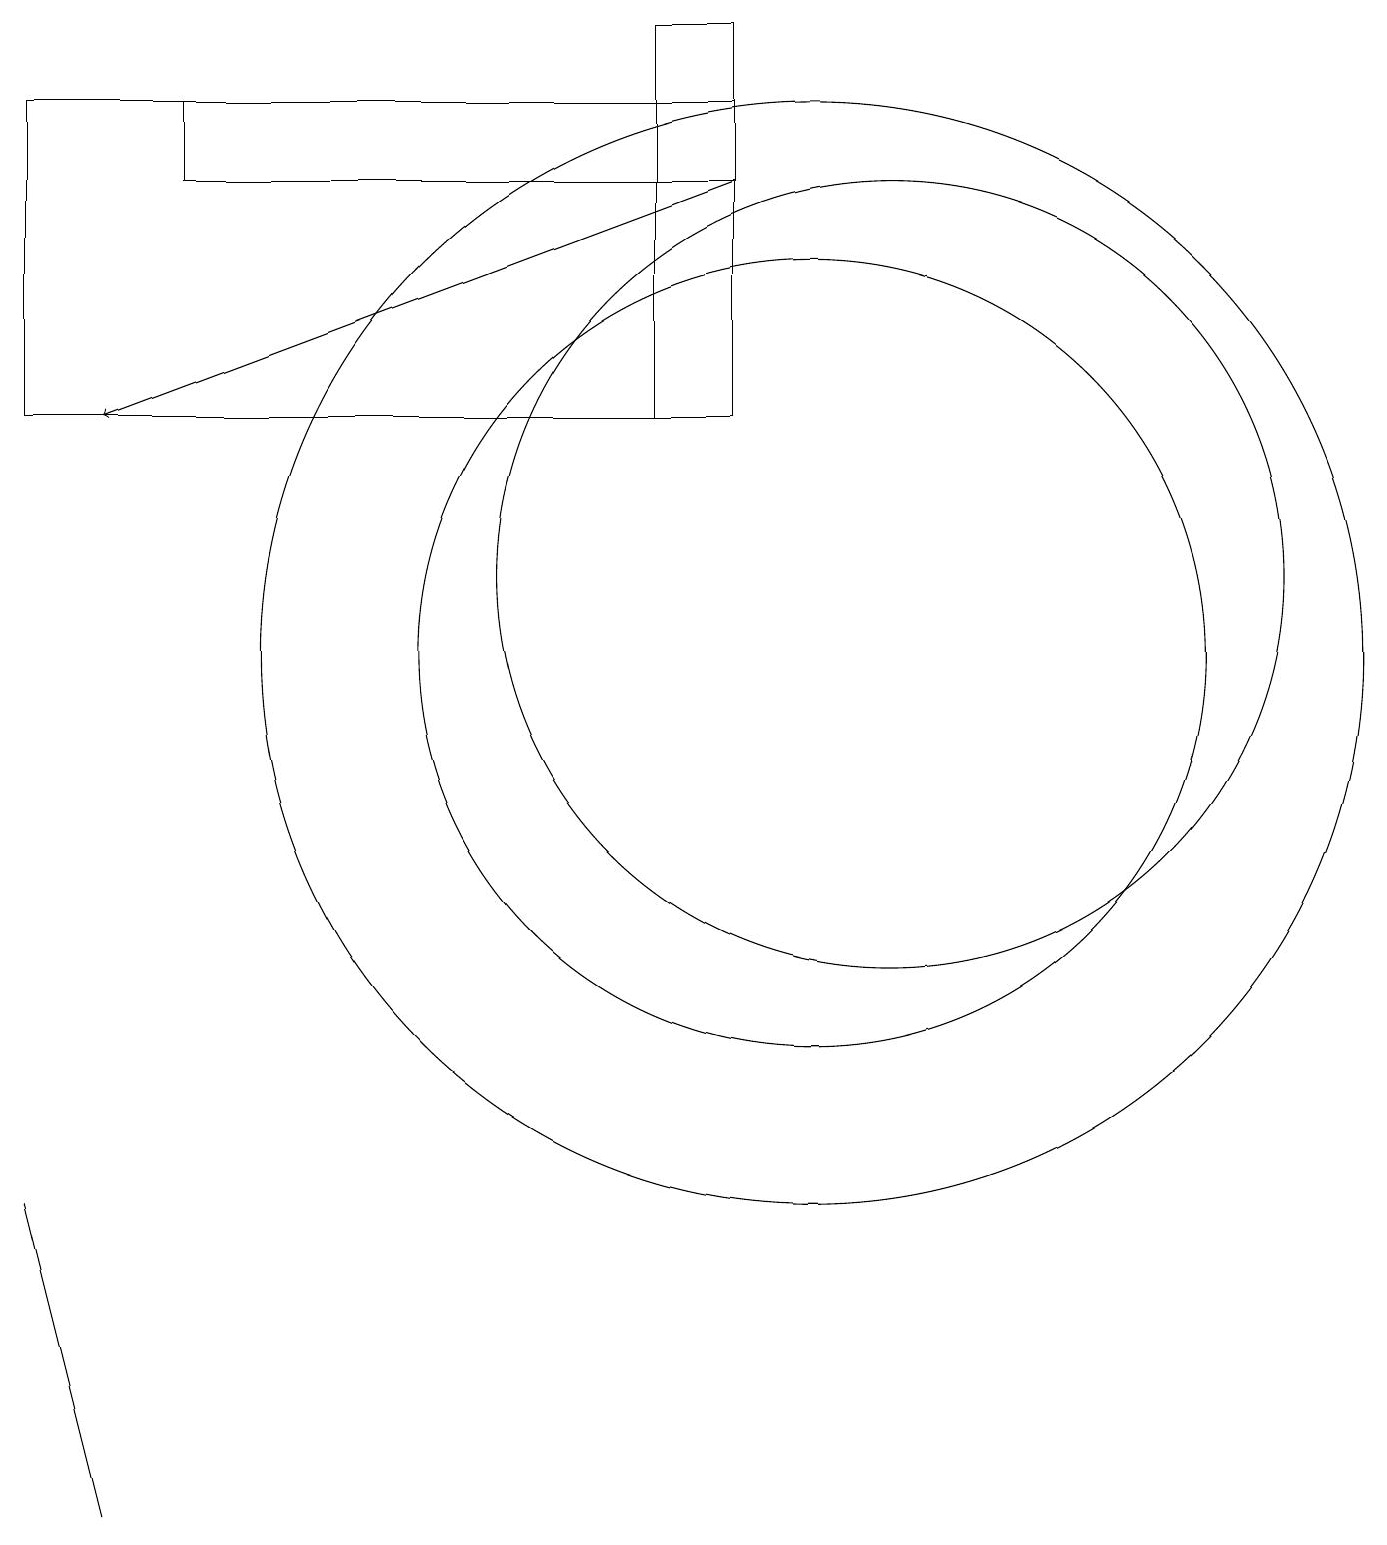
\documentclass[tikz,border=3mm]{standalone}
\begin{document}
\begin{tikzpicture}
\draw (0,4) -- (0,4) -- (1,0) -- cycle;
\draw (9,14) rectangle (8,19);
\draw (9,18) rectangle (2,17);
\draw (0,14) rectangle (9,18);
\draw (10,11) circle (5);
\draw (10,11) circle (7);
\draw[->] (9,17) -- (1,14);
\draw (11,12) circle (5);
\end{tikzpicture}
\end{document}